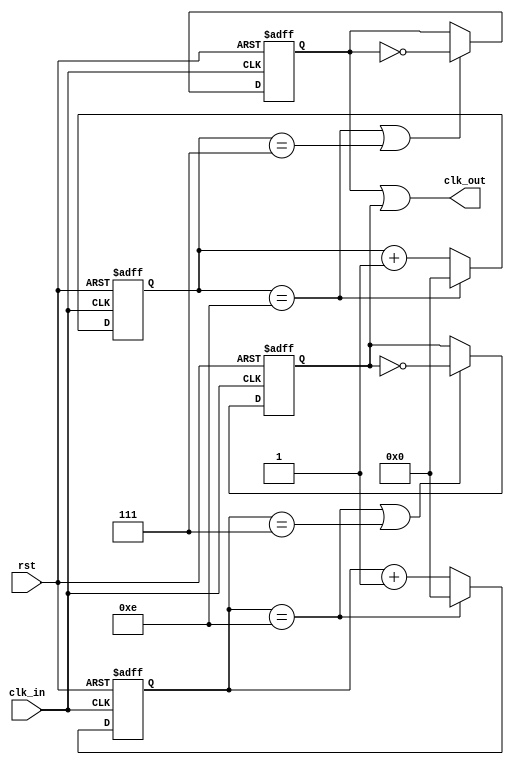
//exp12 div odd 
//  15 15 -> 1111  50%

// TODO: 50% duty
module div_odd_duty50 (
    input wire clk_in,
    input wire rst,

    output wire clk_out
);

parameter cnt_bits = 4 - 1;
parameter cnt_max = 15 - 1;
reg [cnt_bits : 0] cnt_r,cnt_f;
reg clk_r,clk_f;


// -> posedge clk
always @(posedge clk_in or negedge rst) begin
    if(~rst) 
        cnt_r <= 0; 
    else 
        cnt_r <= (cnt_r == cnt_max) ? 0 : (cnt_r + 1'b1);
    
end

always @(posedge clk_in or negedge rst) begin
    if(~rst) 
        clk_r <= 0; 
    else 
        clk_r <= ((cnt_r == cnt_max) || (cnt_r == cnt_max/2)) ? ~clk_r : clk_r;
end

// -> negedge clk
always @(negedge clk_in or negedge rst) begin
    if(~rst) 
        cnt_f <= 0; 
    else 
        cnt_f <= (cnt_f == cnt_max) ? 0 : (cnt_f + 1'b1);
end

always @(negedge clk_in or negedge rst) begin
    if(~rst) 
        clk_f <= 0; 
    else 
        clk_f <= ((cnt_f == cnt_max) || (cnt_f == cnt_max/2)) ? ~clk_f : clk_f;
end

assign clk_out = clk_r | clk_f;

endmodule